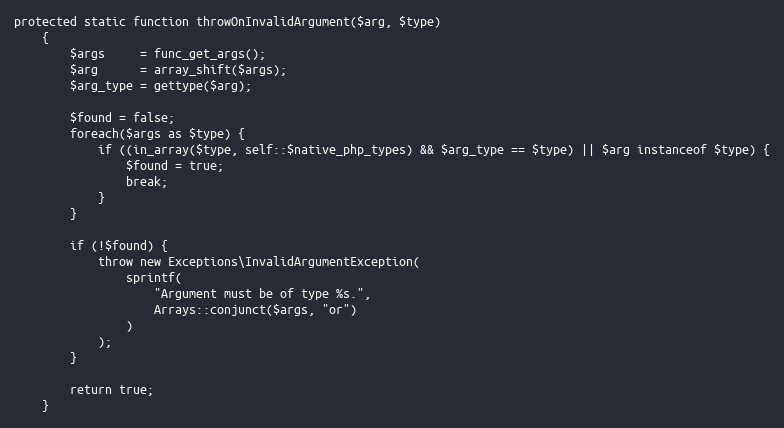
Language: PHP
protected static function throwOnInvalidArgument($arg, $type)
    {
        $args     = func_get_args();
        $arg      = array_shift($args);
        $arg_type = gettype($arg);

        $found = false;
        foreach($args as $type) {
            if ((in_array($type, self::$native_php_types) && $arg_type == $type) || $arg instanceof $type) {
                $found = true;
                break;
            }
        }

        if (!$found) {
            throw new Exceptions\InvalidArgumentException(
                sprintf(
                    "Argument must be of type %s.",
                    Arrays::conjunct($args, "or")
                )
            );
        }

        return true;
    }